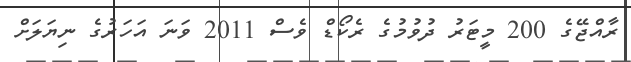
ރާއްޖޭގެ 200 މީޓަރު ދުވުމުގެ ރެކޯޑް ވެސް 2011 ވަނަ އަހަރުގެ ނިޔަލަށް